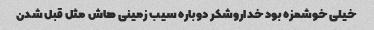
خیلی خوشمزه بود خداروشکر دوباره سیب زمینی هاش مثل قبل شدن